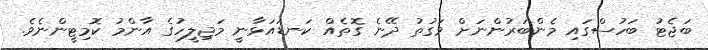
ބަޖެޓު ބަހުސްގައި މެންބަރުންނަށް ވަގުތު ދޭނެ ގޮތެއް ކަނޑައަޅާނީ މަޖިލީހުގެ އާންމު ކޮމިޓީންނެވެ.